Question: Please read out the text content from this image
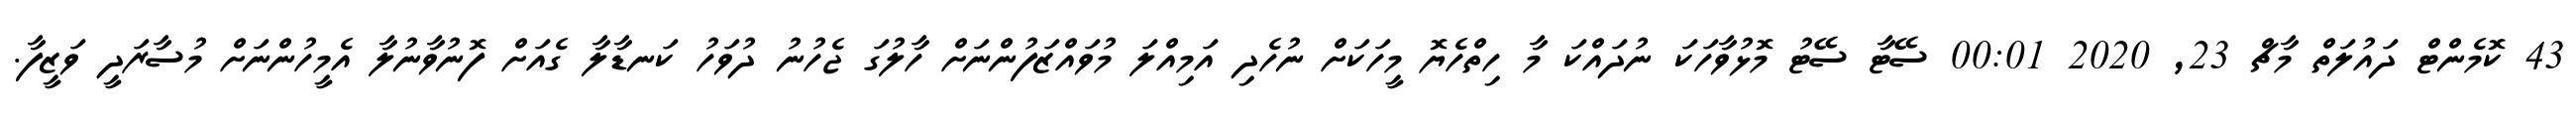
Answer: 43 ކޮމެންޓް ދައުލަތް މާޗް 23, 2020 00:01 ސޭޓާ ސޭޓު މޮޅުވާހަކަ ނުދައްކަ މާ ހިތްހެޔޮ މީހަކަށް ނުހެދި އަމިއްލަ މުވައްޒަފުންނަށް ހާލުގަ ޖެހުނު ދުވަހު ކަނޑާލާ ގެއަށް ފޮނުވާނުލާ އެމީހުންނަށް މުސާރަދީ ވަޒީފާ.